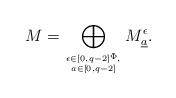
LaTeX: \begin{align*}M=\bigoplus_{\epsilon\in[0,q-2]^{\Phi},\atop a\in [0,q-2]}M^{\epsilon}_{\underline{a}}.\end{align*}